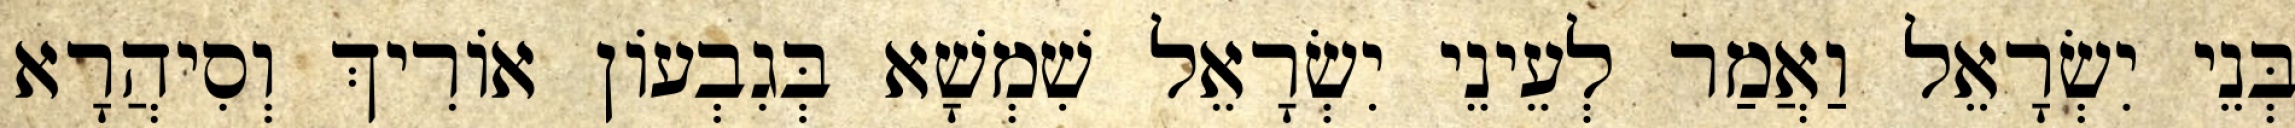
בְּנֵי יִשְׂרָאֵל וַאֲמַר לְעֵינֵי יִשְׂרָאֵל שִׁמְשָׁא בְּגִבְעוֹן אוֹרִיךְ וְסִיהֲרָא